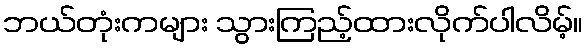
ဘယ်တုံးကများ သွားကြည့်ထားလိုက်ပါလိမ့်။